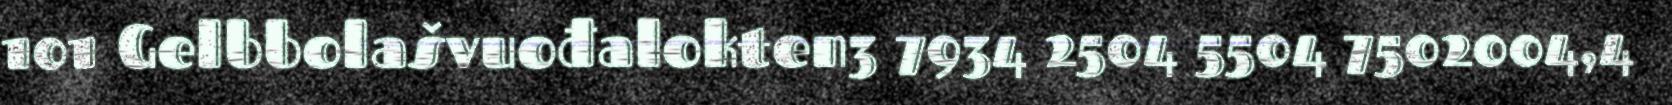
101 Gelbbolašvuođalokten3 7934 2504 5504 7502004,4